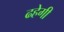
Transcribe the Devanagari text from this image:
ढहेगी